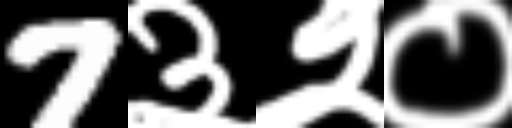
Text: 7३२०